Vaccination report Assam 1874-1896 - 1874-1896
Year: 1874
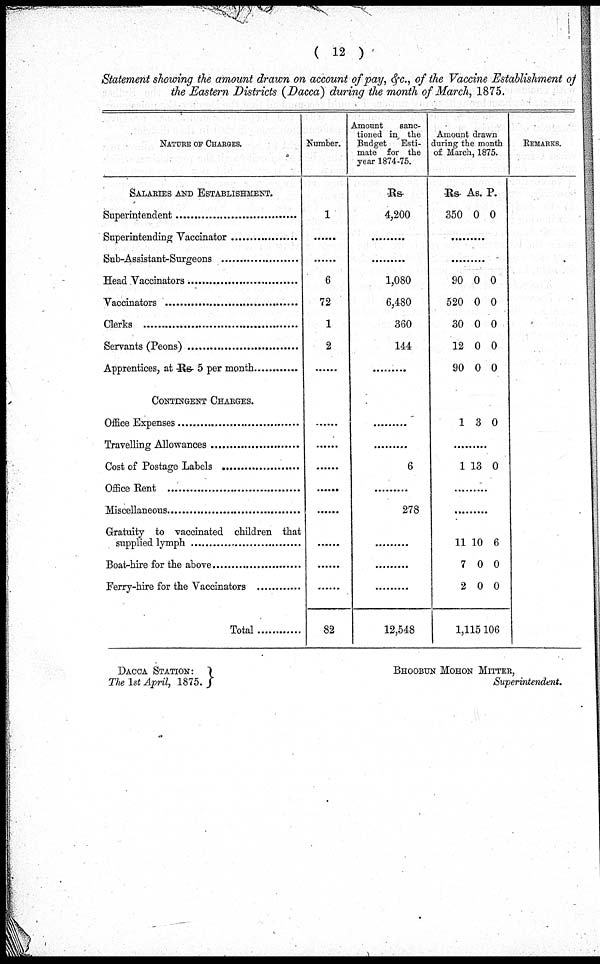
( 12 )
Statement showing the amount drawn on account of pay, &c., of the Vaccine Establishment
the Eastern Districts (Dacca) during the month of March, 1875.
NATURE OF CHARGES.
SALARIES AND ESTABLISHMENT.
Superintendent .....................
Superintendent Vaccinator .....................
Sub-Assistant-Surgeons ...........................
Head Vaccinators ..............................
Vaccinators ..............................
Clerks ..............................
Servants (Peons) ..................
Apprentices , at Rs 5 per month ...............
CONTINGENT CHARGES.
Office Expenses .....................
Travelling Allowances ..................
Cost of Postage Labels ...............
Office Rent ..................
Miscellaneous ..................
Gratuity to vaccinated children that
supplied lymph ........................
Boat-hire for the above .....................
Ferry-hire for the Vaccinators ............
Total
Number.
1
......
......
6
72
1
2
......
......
......
......
......
......
......
......
......
82
Amount
sanc-
tioned in the
Budget Esti-
mate for the
year 1874-75.
Rs
4,200
.........
......
1,080
6,480
360
144
.........
............
.........
6
.........
278
.........
.........
............
12,548
Amount drawn
during the month
of March, 1875.
Rs
350
As.
0
P.
0
.........
......
90
520
30
12
90
0
0
0
0
0
0
0
0
0
0
1 3 0
......
1 13 0
.........
.........
11
7
2
10
0
0
6
0
0
1,115,106
REMARKS.
DACCA STATION:
The 1st April, 1875.
BHOOBUN MOHON MITTER,
Superintendent.